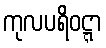
ကုလပရိဝဋ္ဋာ